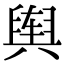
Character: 舆